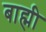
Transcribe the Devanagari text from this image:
बाह्मी